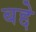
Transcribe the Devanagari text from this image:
बद्दे